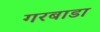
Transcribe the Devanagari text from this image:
गरबाडा